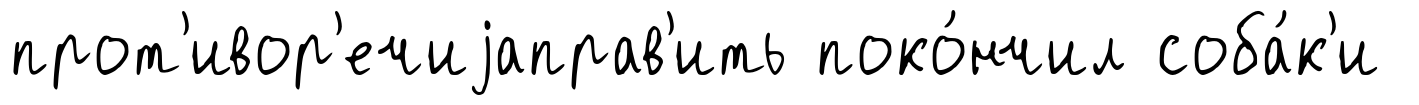
прот'ивор'ечиjаправ'ить поко́нчил соба́к'и